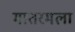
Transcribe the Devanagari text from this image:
मातरमला